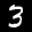
Label: 3